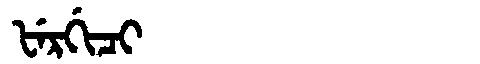
Manchu: ᡶᡝᡵᡤᡳᠴᡳ
Romanization: FERGICI